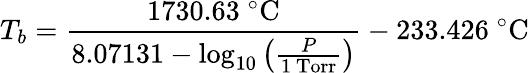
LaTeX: T_{b}={\frac{1730.63\ {}^{\circ}{\mathrm{C}}}{8.07131-\log_{10}\left({\frac{P}{1{\mathrm{~Torr}}}}\right)}}-233.426\ {}^{\circ}{\mathrm{C}}